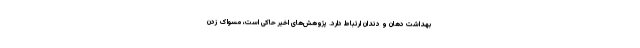
بهداشت دهان و دندان ارتباط دارد. پژوهش‌های اخیر حاکی است، مسواک زدن